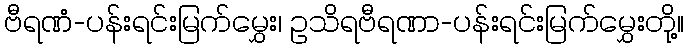
ဗီရဏံ-ပန်းရင်းမြက်မွှေး၊ ဥသိရဗီရဏာ-ပန်းရင်းမြက်မွှေးတို့။